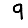
Digit: 9